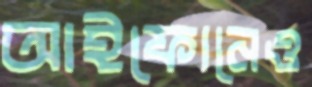
আইফোনেও